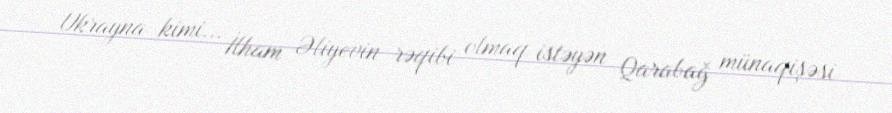
Ukrayna kimi... İlham Əliyevin rəqibi olmaq istəyən Qarabağ münaqişəsi